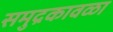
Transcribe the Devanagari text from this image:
समुद्रकावळा